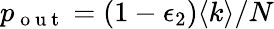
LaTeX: p_{\mathrm{~o~u~t~}}=(1-\epsilon_{2})\langle k\rangle/N